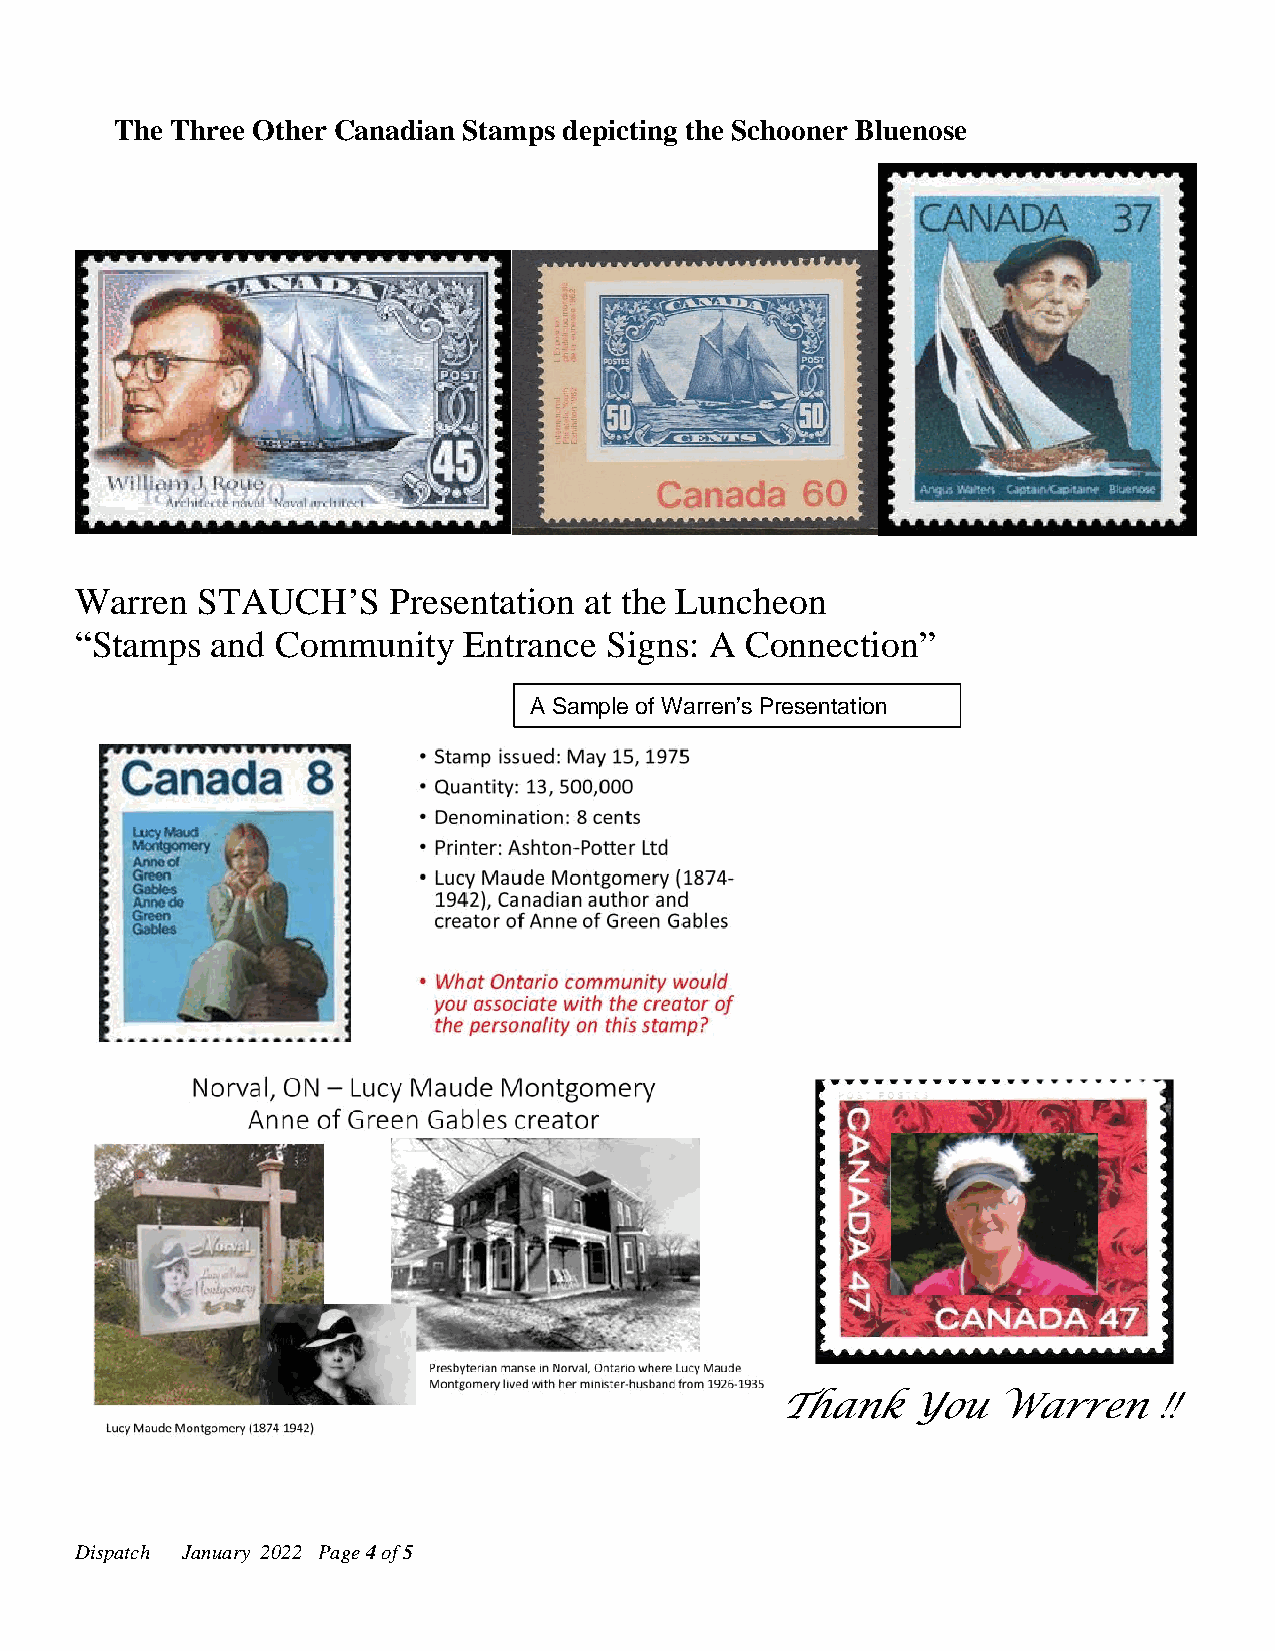
The Three Other Canadian Stamps depicting the Schooner Bluenose
 Warren  STAUCH’S     Presentation at the Luncheon
 “Stamps  and Community    Entrance Signs: A Connection”
 A Sample of Warren’s Presentation
 D ispatch January 2022 Page 4 of 5